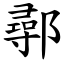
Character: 鄩